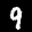
Label: 9